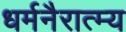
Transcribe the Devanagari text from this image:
धर्मनैरात्म्य